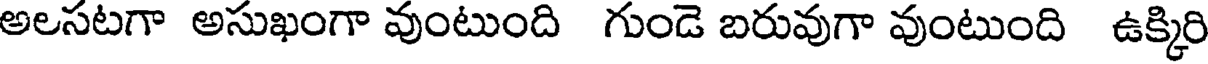
అలసటగా అసుఖంగా వుంటుంది గుండె బరువుగా వుంటుంది ఉక్కిరి